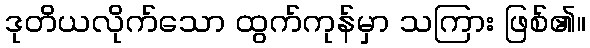
ဒုတိယလိုက်သော ထွက်ကုန်မှာ သကြား ဖြစ်၏။